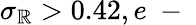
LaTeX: \sigma_{\mathbb{R}}>0.42,e\mathrm{{~-~}}